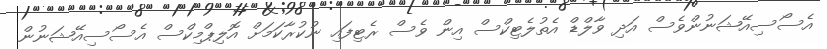
އެސޯސިއޭޝަނުންވެސް އަދި ވާލްޑް އެތުލެޓިކްސް އިން ވެސް ރެޓިފައި ނުކުރާކަމަށް އޮލިޕްމިކްސް އެސޯސިއޭޝަނުން